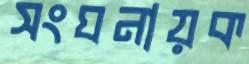
সংঘনায়ক